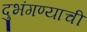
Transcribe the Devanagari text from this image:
दुभंगण्याची